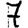
Digit: 7